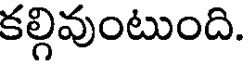
కల్గివుంటుంది.